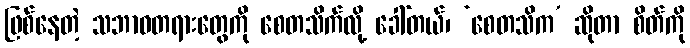
ဖြစ်နေတဲ့ သဘာဝတရားတွေကို စေတသိက်လို့ ခေါ်တယ်၊ ‘စေတသိက’ ဆိုတာ စိတ်ကို